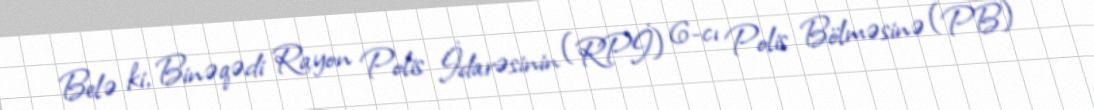
Belə ki, Binəqədi Rayon Polis İdarəsinin (RPİ) 6-cı Polis Bölməsinə (PB)